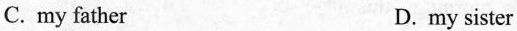
C. my father D. my sister